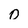
Character: 0